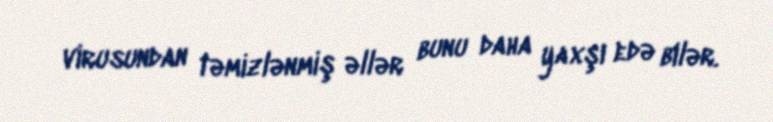
virusundan təmizlənmiş əllər bunu daha yaxşı edə bilər.